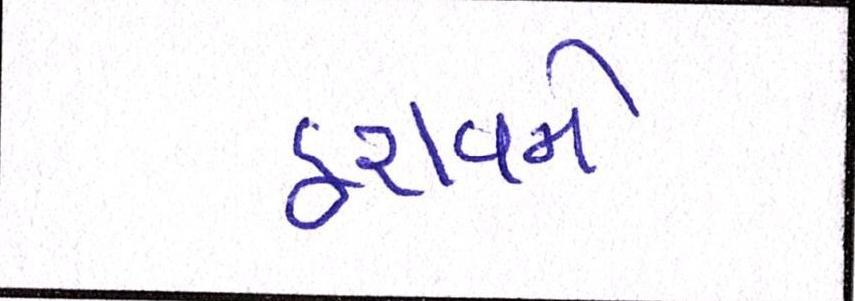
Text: ઠરાવને